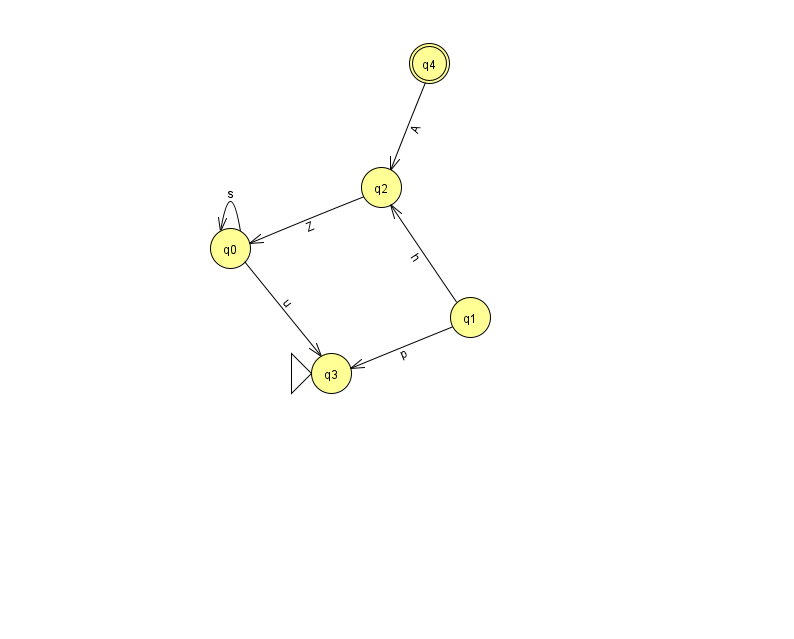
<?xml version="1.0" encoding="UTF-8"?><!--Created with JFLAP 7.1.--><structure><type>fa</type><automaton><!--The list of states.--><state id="0" name="q0"><x>230.0</x><y>235.0</y></state><state id="1" name="q1"><x>470.0</x><y>304.0</y></state><state id="2" name="q2"><x>381.0</x><y>174.0</y></state><state id="3" name="q3"><x>331.0</x><y>360.0</y><initial/></state><state id="4" name="q4"><x>429.0</x><y>50.0</y><final/></state><!--The list of transitions.--><transition><from>0</from><to>0</to><read>s</read></transition><transition><from>0</from><to>3</to><read>u</read></transition><transition><from>2</from><to>0</to><read>Z</read></transition><transition><from>1</from><to>2</to><read>h</read></transition><transition><from>1</from><to>3</to><read>p</read></transition><transition><from>4</from><to>2</to><read>A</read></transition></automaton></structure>